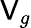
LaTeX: \mathsf{V}_{g}